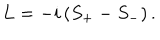
LaTeX: L = - i \left( S _ { + } - S _ { - } \right) .